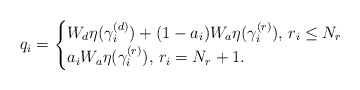
\begin{align*}q_i = \begin{cases}W_d\eta(\gamma^{(d)}_i)+(1-a_i)W_a\eta(\gamma^{(r)}_i) \mbox{, $r_i\leq N_r$}\\a_iW_a\eta(\gamma^{(r)}_i) \mbox{, $r_i= N_r+1$.}\end{cases}\end{align*}